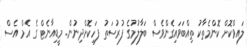
ލައިވްކޮށް ކޮންމެތާކު ތިއްބަވައިގެންވެސް ބަލާލުމުގެ ފުރުސަތު ފަހިކޮށްދިނުން. މީޑިއާނެޓް ގެ އެމް އެސް